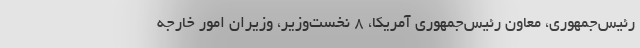
رئیس‌جمهوری، معاون رئیس‌جمهوری آمریکا، 8 نخست‌وزیر، وزیران امور خارجه